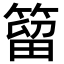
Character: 𥰣